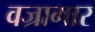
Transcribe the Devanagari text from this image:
वज्रागार